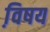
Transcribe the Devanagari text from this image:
वि़षय